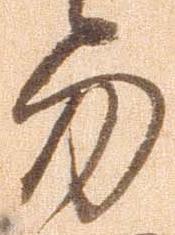
勿